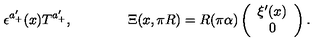
\epsilon ^ { a _ { + } ^ { \prime } } ( x ) T ^ { a _ { + } ^ { \prime } } , \qquad \qquad \Xi ( x , \pi R ) = R ( \pi \alpha ) \left( \begin{array} { c } { \xi ^ { \prime } ( x ) } \\ { 0 } \\ \end{array} \right) .